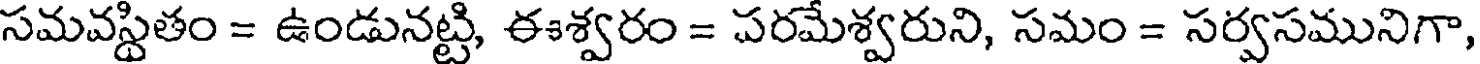
సమవస్థితం = ఉండునట్టి, ఈశ్వరం = పరమేశ్వరుని, సమం = సర్వసమునిగా,